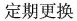
定期更换